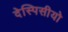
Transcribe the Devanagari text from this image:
देस्पिसीयो